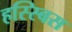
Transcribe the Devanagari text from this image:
हस्स्बिस